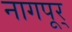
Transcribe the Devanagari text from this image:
नागपूर्